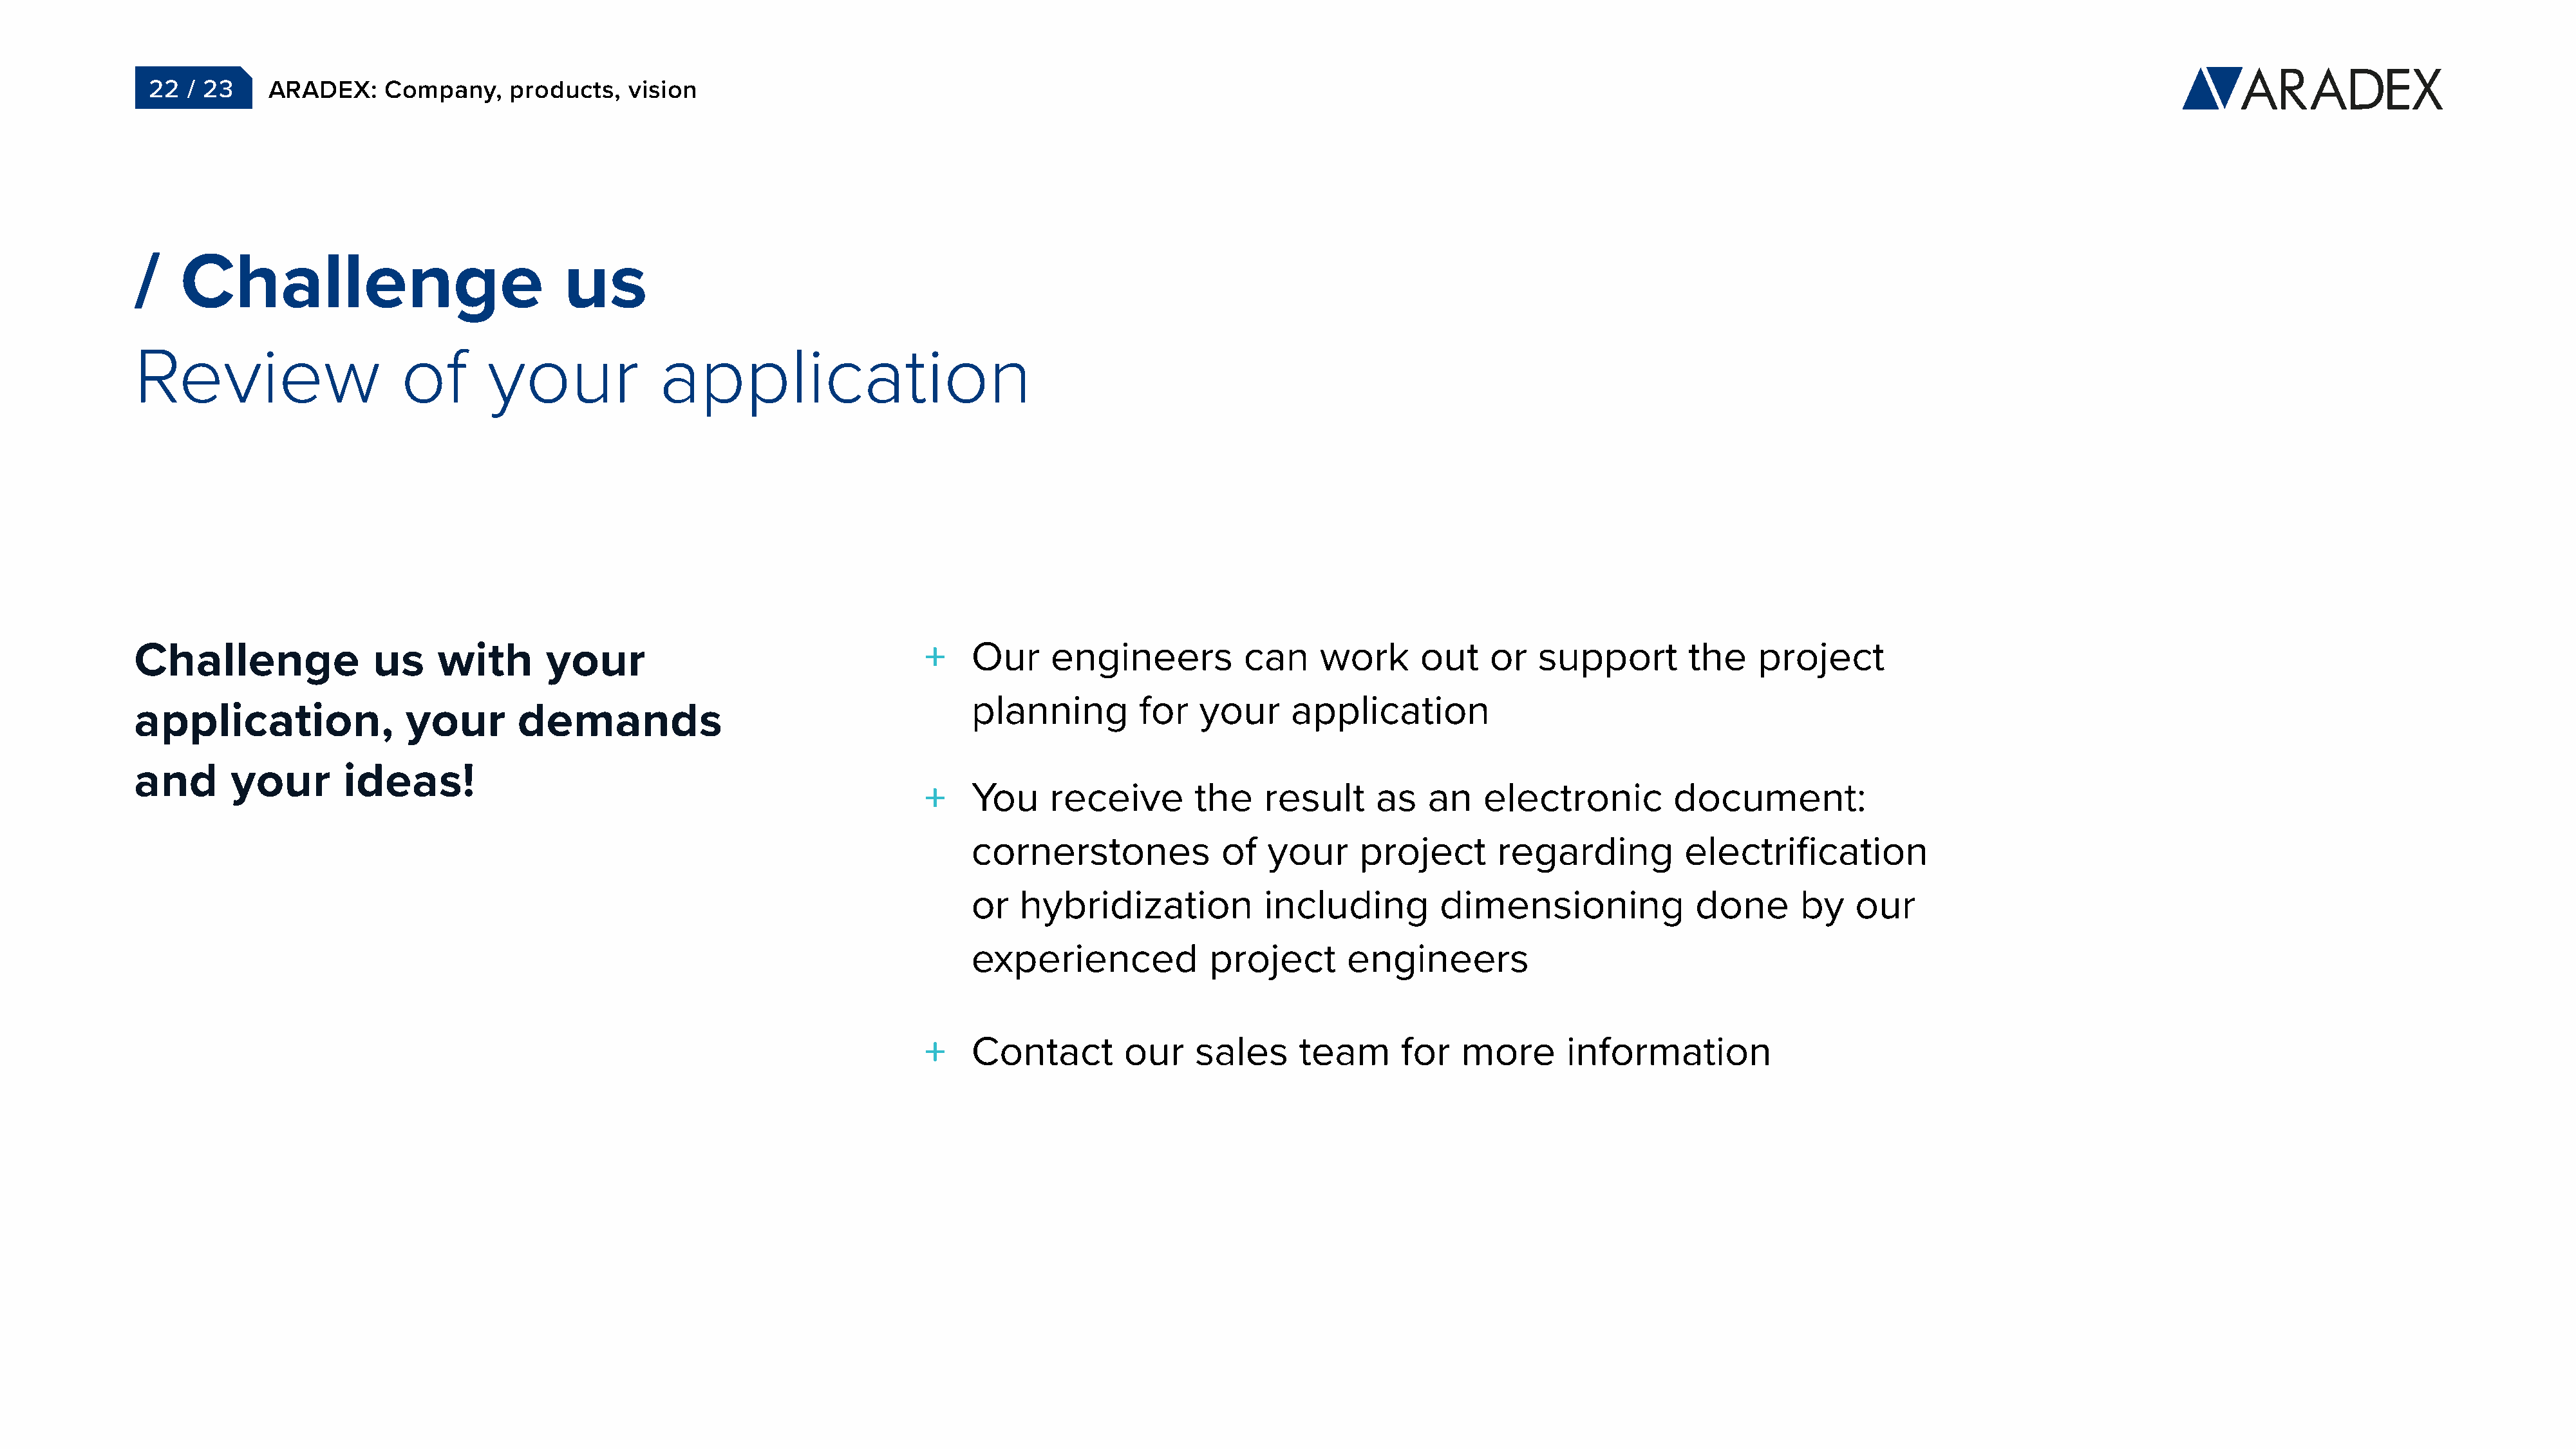
22  / 23     ARADEX:     Company,    products,    vision
 /    Challenge                              us
 Review                     of       your              application
 Challenge               us     with       your                                        Our     engineers           can     work      out    or   support         the    project
 planning         for   your      application
 application,                your       demands
 and       your       ideas!
 You     receive        the    result     as    an   electronic          document:
 cornerstones              of  your      project       regarding          electrification
 or   hybridization            including         dimensioning              done       by    our
 experienced             project       engineers
 Contact         our    sales      team      for   more       information